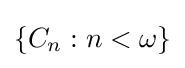
\left\{C_{n}:n<\omega \right\}